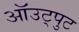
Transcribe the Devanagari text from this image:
ऑउट्पुट